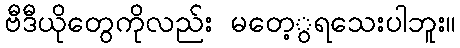
ဗီဒီယိုတွေကိုလည်း မတေ့ွရသေးပါဘူး။